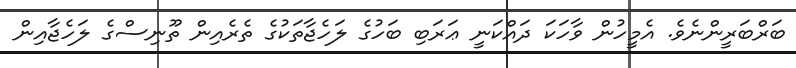
ބަރްބަރީންނެވެ. އެމީހުން ވާހަކަ ދައްކަނީ ޢަރަބި ބަހުގެ ލަހެޖާތަކުގެ ތެރެއިން ތޫނިސްގެ ލަހެޖާއިން